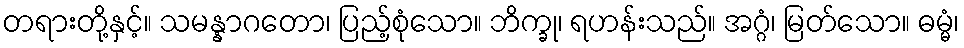
တရားတို့နှင့်။ သမန္နာဂတော၊ ပြည့်စုံသော။ ဘိက္ခု၊ ရဟန်းသည်။ အဂ္ဂံ၊ မြတ်သော။ ဓမ္မံ၊